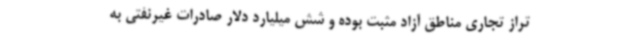
تراز تجاری مناطق آزاد مثبت بوده و شش میلیارد دلار صادرات غیرنفتی به